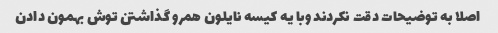
اصلا به توضیحات دقت نکردند وبا یه کیسه نایلون همرو گذاشتن توش بهمون دادن